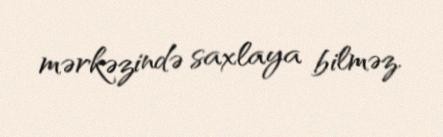
mərkəzində saxlaya bilməz.